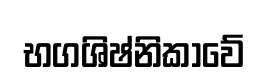
භගශිෂ්නිකාවේ